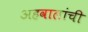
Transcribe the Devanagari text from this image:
अहवालांची